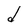
Character: d